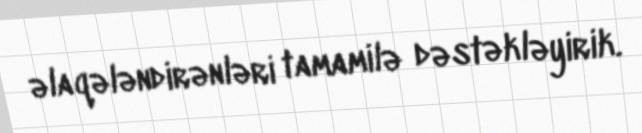
əlaqələndirənləri tamamilə dəstəkləyirik.